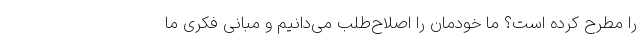
را مطرح کرده است؟ ما خودمان را اصلاح‌طلب می‌دانیم و مبانی فکری ما